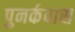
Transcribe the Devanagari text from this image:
पुनर्कवास